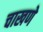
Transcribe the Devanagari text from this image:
चाखणे